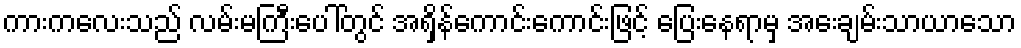
ကားကလေးသည် လမ်းမကြီးပေါ်တွင် အရှိန်ကောင်းကောင်းဖြင့် ပြေးနေရာမှ အေးချမ်းသာယာသော